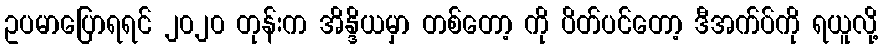
ဥပမာပြောရရင် ၂၀၂၀ တုန်းက အိန္ဒိယမှာ တစ်တော့ ကို ပိတ်ပင်တော့ ဒီအက်ပ်ကို ရယူလို့